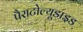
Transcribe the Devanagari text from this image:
पैराटोल्यूडाइड